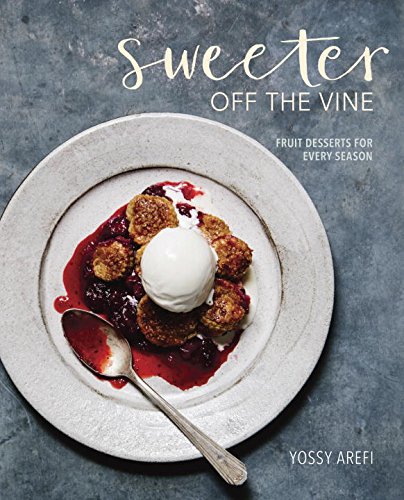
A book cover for Sweeter off the Vine: Fruit Desserts for Every Season; Yossy Arefi; Cookbooks, Food & Wine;